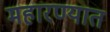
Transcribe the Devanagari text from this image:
महारण्यात